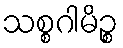
သစ္စဂါမိဉ္စ